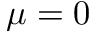
\mu = 0